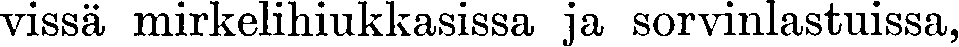
vissä mirkelihiukkasissa ja sorvinlastuissa,